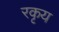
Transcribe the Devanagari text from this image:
रकृय